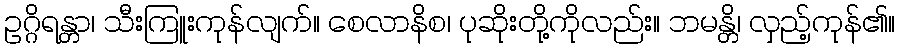
ဥဂ္ဂိရန္တာ၊ သီးကြူးကုန်လျက်။ စေလာနိစ၊ ပုဆိုးတို့ကိုလည်း။ ဘမန္တိ၊ လှည့်ကုန်၏။